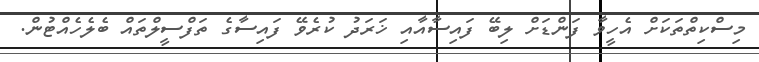
މިސްކިތްތަކަށް އެހީވާ ފަންޑަށް ލިބޭ ފައިސާއާއި ޚަރަދު ކުރެވޭ ފައިސާގެ ތަފްސީލްތައް ބެލެހެއްޓުން.